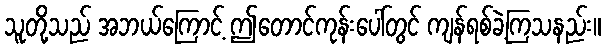
သူတို့သည် အဘယ်ကြောင့် ဤတောင်ကုန်းပေါ်တွင် ကျန်ရစ်ခဲ့ကြသနည်း။